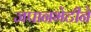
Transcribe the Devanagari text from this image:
जपानभेटीने